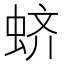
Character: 蛴